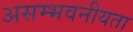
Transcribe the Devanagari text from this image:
असम्भवनीयता